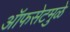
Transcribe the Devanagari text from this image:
ऑफसेटमुळे